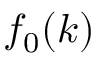
f _ { 0 } ( k )